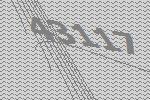
43117